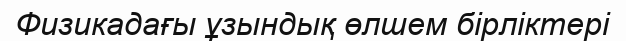
Физикадағы ұзындық өлшем бірліктері